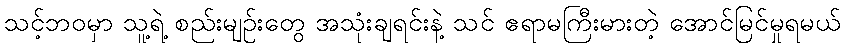
သင့်ဘဝမှာ သူ့ရဲ့ စည်းမျဉ်းတွေ အသုံးချရင်းနဲ့ သင် ဧရာမကြီးမားတဲ့ အောင်မြင်မှုရမယ်